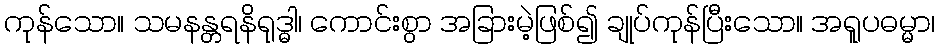
ကုန်သော။ သမနန္တရနိရုဒ္ဓါ၊ ကောင်းစွာ အခြားမဲ့ဖြစ်၍ ချုပ်ကုန်ပြီးသော။ အရူပဓမ္မာ၊